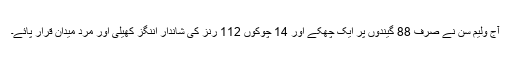
آج ولیم سن نے صرف 88 گیندوں پر ایک چھکے اور 14 چوکوں 112 رنز کی شاندار اننگز کھیلی اور مرد میدان قرار پائے۔